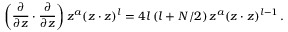
\left( { \frac { \partial } { \partial z } } \cdot { \frac { \partial } { \partial z } } \right) z ^ { a } ( z \cdot z ) ^ { l } = 4 l \, ( l + N / 2 ) \, z ^ { a } ( z \cdot z ) ^ { l - 1 } \, .